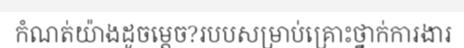
កំណត់យ៉ាងដូចម្តេច?របបសម្រាប់គ្រោះថ្នាក់ការងារ